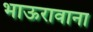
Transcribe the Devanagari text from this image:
भाऊरावाना